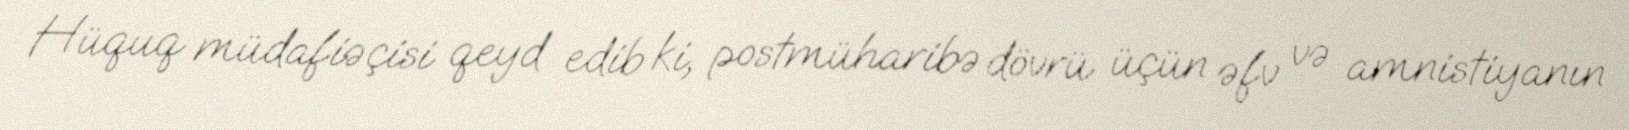
Hüquq müdafiəçisi qeyd edib ki, postmüharibə dövrü üçün əfv və amnistiyanın